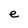
Character: e